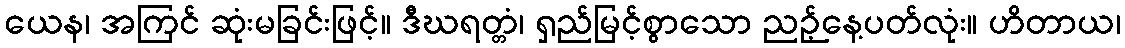
ယေန၊ အကြင် ဆုံးမခြင်းဖြင့်။ ဒီဃရတ္တံ၊ ရှည်မြင့်စွာသော ညဉ့်နေ့ပတ်လုံး။ ဟိတာယ၊